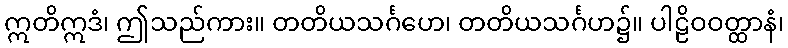
ဣတိဣဒံ၊ ဤသည်ကား။ တတိယသင်္ဂဟေ၊ တတိယသင်္ဂဟ၌။ ပါဠိဝဝတ္ထာနံ၊